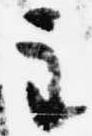
主